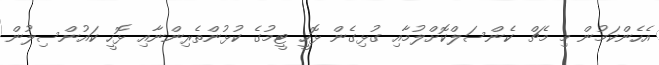
އެހެންކަމުން މި މެޗް ކެންސަލްކޮށްލުމާއި ގުޅިގެން ޅޮހީ ޓީމުގެ ކުޅުންތެރިންނާއި ޅޮހީ ކައުންސިލުން